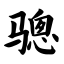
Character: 骢